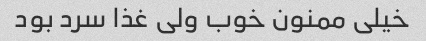
خیلی ممنون خوب ولی غذا سرد بود